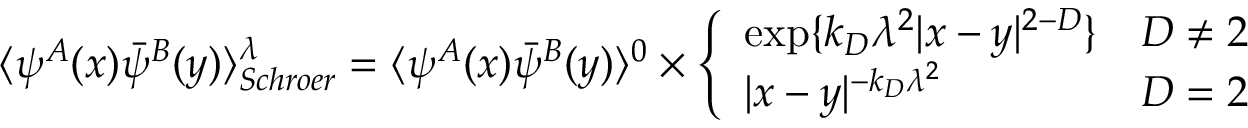
\langle \psi ^ { A } ( x ) \bar { \psi } ^ { B } ( y ) \rangle _ { S c h r o e r } ^ { \lambda } = \langle \psi ^ { A } ( x ) \bar { \psi } ^ { B } ( y ) \rangle ^ { 0 } \times \left\{ \begin{array} { l l } { { \exp \{ k _ { D } \lambda ^ { 2 } | x - y | ^ { 2 - D } \} } } & { { D \neq 2 } } \\ { { | x - y | ^ { - k _ { D } \lambda ^ { 2 } } } } & { { D = 2 } } \end{array} \right.